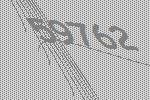
59762